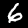
Digit: 6